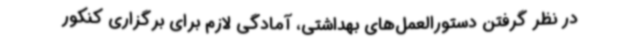
در نظر گرفتن دستورالعمل‌های بهداشتی، آمادگی لازم برای برگزاری کنکور